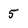
Character: 5